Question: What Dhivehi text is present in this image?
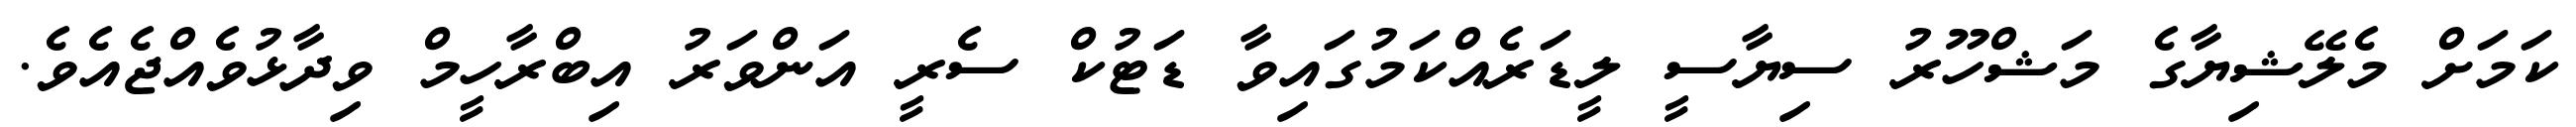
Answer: ކަމަށް މެލޭޝިޔާގެ މަޝްހޫރު ސިޔާސީ ލީޑަރެއްކަމުގައިވާ ޑަޓުކް ސެރީ އަންވަރު އިބްރާހީމް ވިދާޅުވެއްޖެއެވެ.